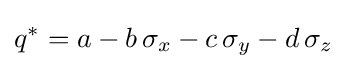
q^{*}=a-b\,\mathbf {\sigma } _{x}-c\,\mathbf {\sigma } _{y}-d\,\mathbf {\sigma } _{z}\!\